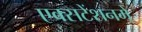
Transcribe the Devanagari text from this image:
एक्सटेंशनमें